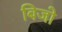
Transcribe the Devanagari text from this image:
बिजो